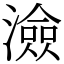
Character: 澰